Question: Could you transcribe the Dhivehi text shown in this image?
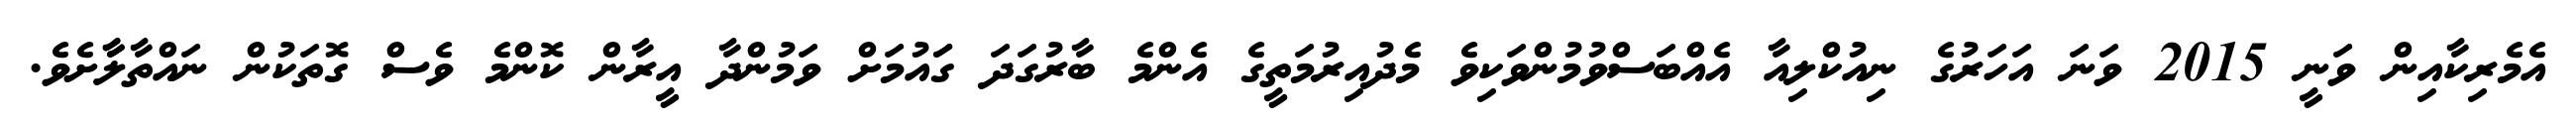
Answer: އެމެރިކާއިން ވަނީ 2015 ވަނަ އަހަރުގެ ނިއުކްލިއާ އެއްބަސްވުމުންވަކިވެ މެދުއިރުމަތީގެ އެންމެ ބާރުގަދަ ގަައުމަށް ވަމުންދާ އީރާން ކޮންމެ ވެސް ގޮތަކުން ނައްތާލާާށެވެ.